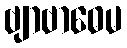
ဗျာဗာဓေမ